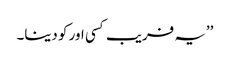
’’یہ فریب کسی اور کو دینا۔